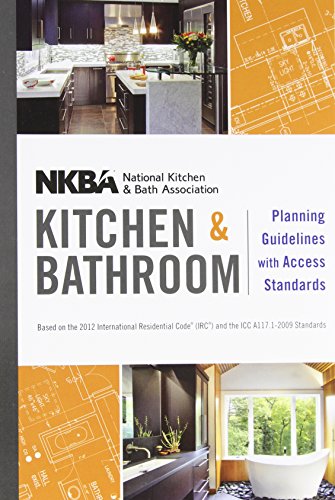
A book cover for NKBA Kitchen and Bathroom Planning Guidelines with Access Standards; NKBA (National Kitchen and Bath Association); Arts & Photography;